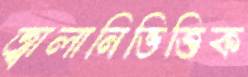
জ্বালানিভিত্তিক